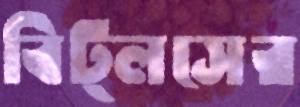
বিট্লসের